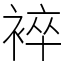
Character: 䘹